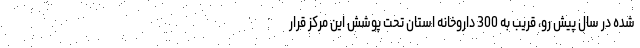
شده در سال پیش رو، قریب به 300 داروخانه استان تحت پوشش این مرکز قرار